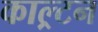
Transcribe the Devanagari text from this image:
काल्र्टन